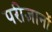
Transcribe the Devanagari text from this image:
परीज्ञानों